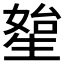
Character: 𤯯